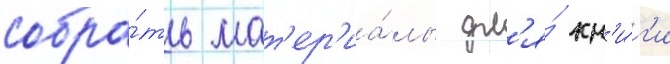
собра́ть мат'ер'иа́лы дл'я́ кн'и́г'и